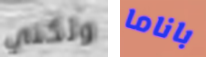
ولكني باناما